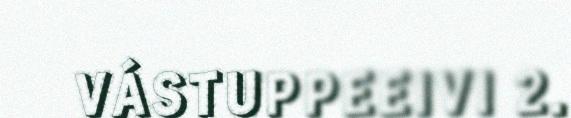
VÁSTUPPEEIVI 2.